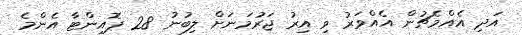
އަދި އެއްމެޗުން އެއްވަރު ވި އިރު ޖަރުމަނަށް ލިބުނު 28 ޕޮއިންޓާ އެންމެ